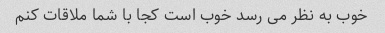
خوب به نظر می رسد خوب است کجا با شما ملاقات کنم